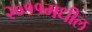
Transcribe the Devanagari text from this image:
२०११मधील